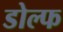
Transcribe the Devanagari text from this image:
डोल्फ